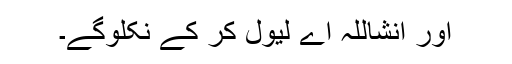
اور انشاللہ اے لیول کر کے نکلوگے۔